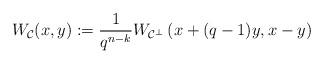
LaTeX: \begin{align*} W_{\mathcal{C}}(x,y):= \frac{1}{q^{n-k}}W_{\mathcal{C}^{\perp}}\left(x + (q-1)y,x - y\right)\end{align*}